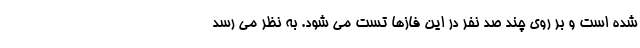
شده است و بر روی چند صد نفر در این فازها تست می شود. به نظر می رسد